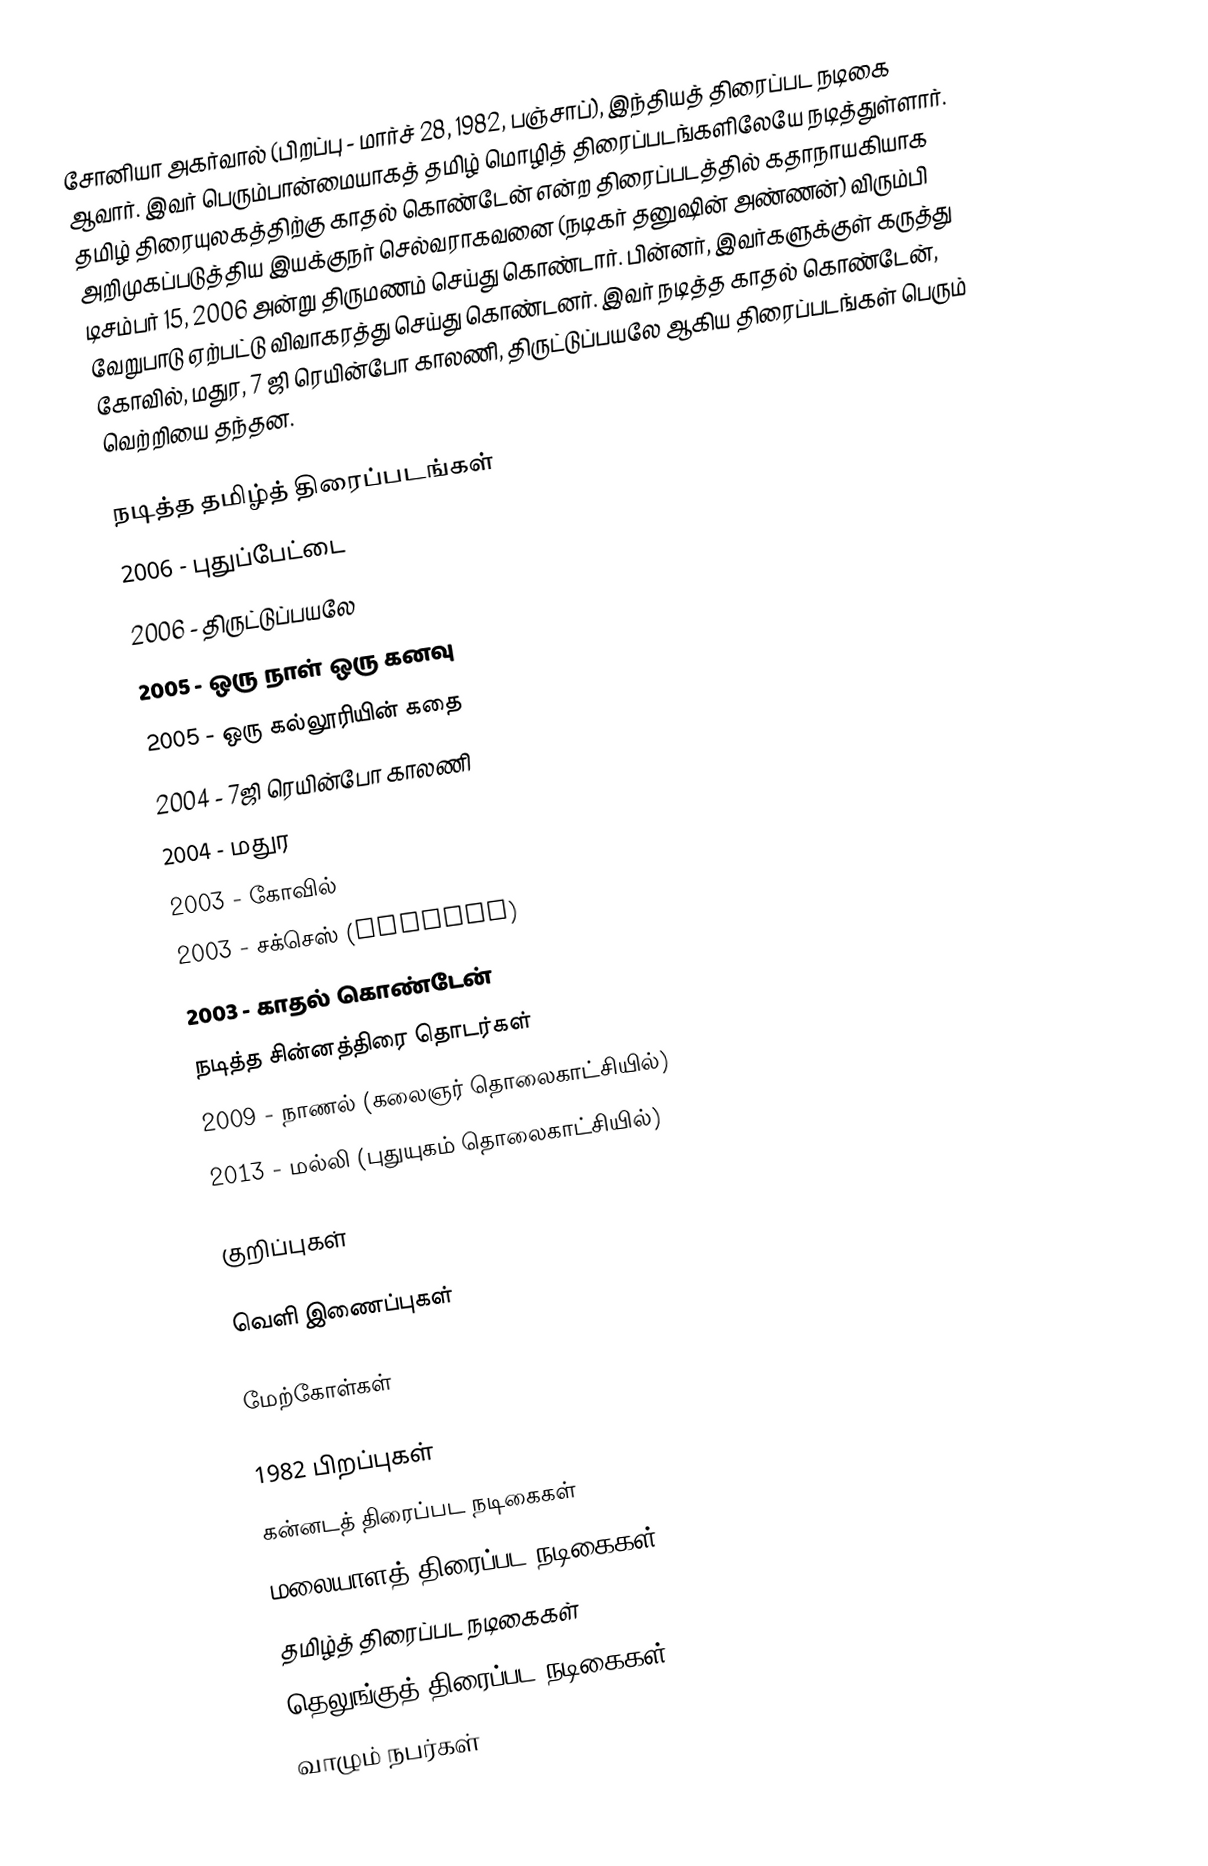
சோனியா அகர்வால் (பிறப்பு - மார்ச் 28, 1982, பஞ்சாப்), இந்தியத் திரைப்பட நடிகை ஆவார். இவர் பெரும்பான்மையாகத் தமிழ் மொழித் திரைப்படங்களிலேயே நடித்துள்ளார். தமிழ் திரையுலகத்திற்கு காதல் கொண்டேன் என்ற திரைப்படத்தில் கதாநாயகியாக அறிமுகப்படுத்திய இயக்குநர் செல்வராகவனை (நடிகர் தனுஷின் அண்ணன்)  விரும்பி டிசம்பர் 15, 2006 அன்று திருமணம் செய்து கொண்டார். பின்னர், இவர்களுக்குள் கருத்து வேறுபாடு ஏற்பட்டு விவாகரத்து செய்து கொண்டனர். இவர் நடித்த காதல் கொண்டேன், கோவில், மதுர, 7 ஜி ரெயின்போ காலணி, திருட்டுப்பயலே ஆகிய திரைப்படங்கள் பெரும் வெற்றியை தந்தன.

நடித்த தமிழ்த் திரைப்படங்கள்
 2006 - புதுப்பேட்டை
 2006 - திருட்டுப்பயலே
 2005 - ஒரு நாள் ஒரு கனவு
 2005 - ஒரு கல்லூரியின் கதை
 2004 - 7ஜி ரெயின்போ காலணி
 2004 - மதுர
 2003 - கோவில்
 2003 - சக்செஸ் (Success)
 2003 - காதல் கொண்டேன்
நடித்த சின்னத்திரை தொடர்கள்
 2009 - நாணல் (கலைஞர் தொலைகாட்சியில்)
 2013 - மல்லி (புதுயுகம் தொலைகாட்சியில்)

குறிப்புகள்

வெளி இணைப்புகள்

மேற்கோள்கள்

1982 பிறப்புகள்
கன்னடத் திரைப்பட நடிகைகள்
மலையாளத் திரைப்பட நடிகைகள்
தமிழ்த் திரைப்பட நடிகைகள்
தெலுங்குத் திரைப்பட நடிகைகள்
வாழும் நபர்கள்